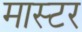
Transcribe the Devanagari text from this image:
मास्टर